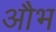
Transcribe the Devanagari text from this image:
औभ